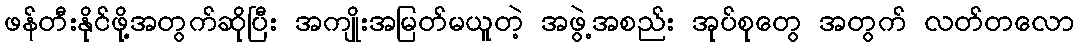
ဖန်တီးနိုင်ဖို့အတွက်ဆိုပြီး အကျိုးအမြတ်မယူတဲ့ အဖွဲ့အစည်း အုပ်စုတွေ အတွက် လတ်တလော